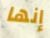
إنها